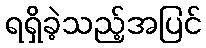
ရရှိခဲ့သည့်အပြင်